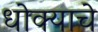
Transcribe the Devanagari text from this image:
धोक्‍याचे